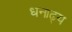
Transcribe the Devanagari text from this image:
धनाढ्‍य